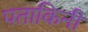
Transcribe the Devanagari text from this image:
पताकिनी